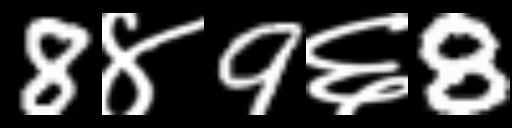
Text: 8४9६8